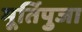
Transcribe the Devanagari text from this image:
मूर्तिपुजा